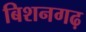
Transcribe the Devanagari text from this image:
बिशनगढ़